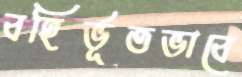
বহির্ভূতভাবে